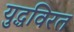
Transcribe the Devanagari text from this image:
युद्धविरत